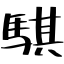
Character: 騏